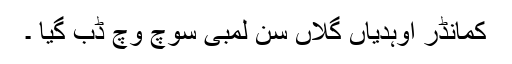
کمانڈر اوہدیاں گلاں سن لمبی سوچ وچ ڈب گیا ۔